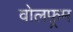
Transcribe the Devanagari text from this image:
वोलफ़्रम